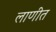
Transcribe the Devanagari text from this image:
लाणीत